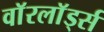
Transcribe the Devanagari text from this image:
वाॅरलाॅर्ड्स